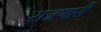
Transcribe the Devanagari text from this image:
सजणारी